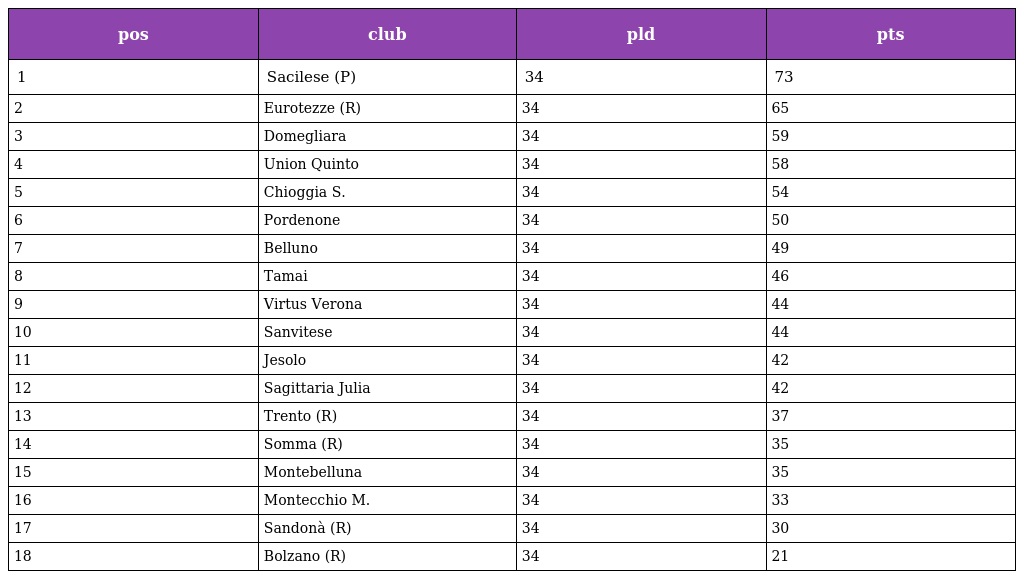
| pos | club | pld | pts |
 | --- | --- | --- | --- |
 | 1 | Sacilese (P) | 34 | 73 |
 | 2 | Eurotezze (R) | 34 | 65 |
 | 3 | Domegliara | 34 | 59 |
 | 4 | Union Quinto | 34 | 58 |
 | 5 | Chioggia S. | 34 | 54 |
 | 6 | Pordenone | 34 | 50 |
 | 7 | Belluno | 34 | 49 |
 | 8 | Tamai | 34 | 46 |
 | 9 | Virtus Verona | 34 | 44 |
 | 10 | Sanvitese | 34 | 44 |
 | 11 | Jesolo | 34 | 42 |
 | 12 | Sagittaria Julia | 34 | 42 |
 | 13 | Trento (R) | 34 | 37 |
 | 14 | Somma (R) | 34 | 35 |
 | 15 | Montebelluna | 34 | 35 |
 | 16 | Montecchio M. | 34 | 33 |
 | 17 | Sandonà (R) | 34 | 30 |
 | 18 | Bolzano (R) | 34 | 21 |